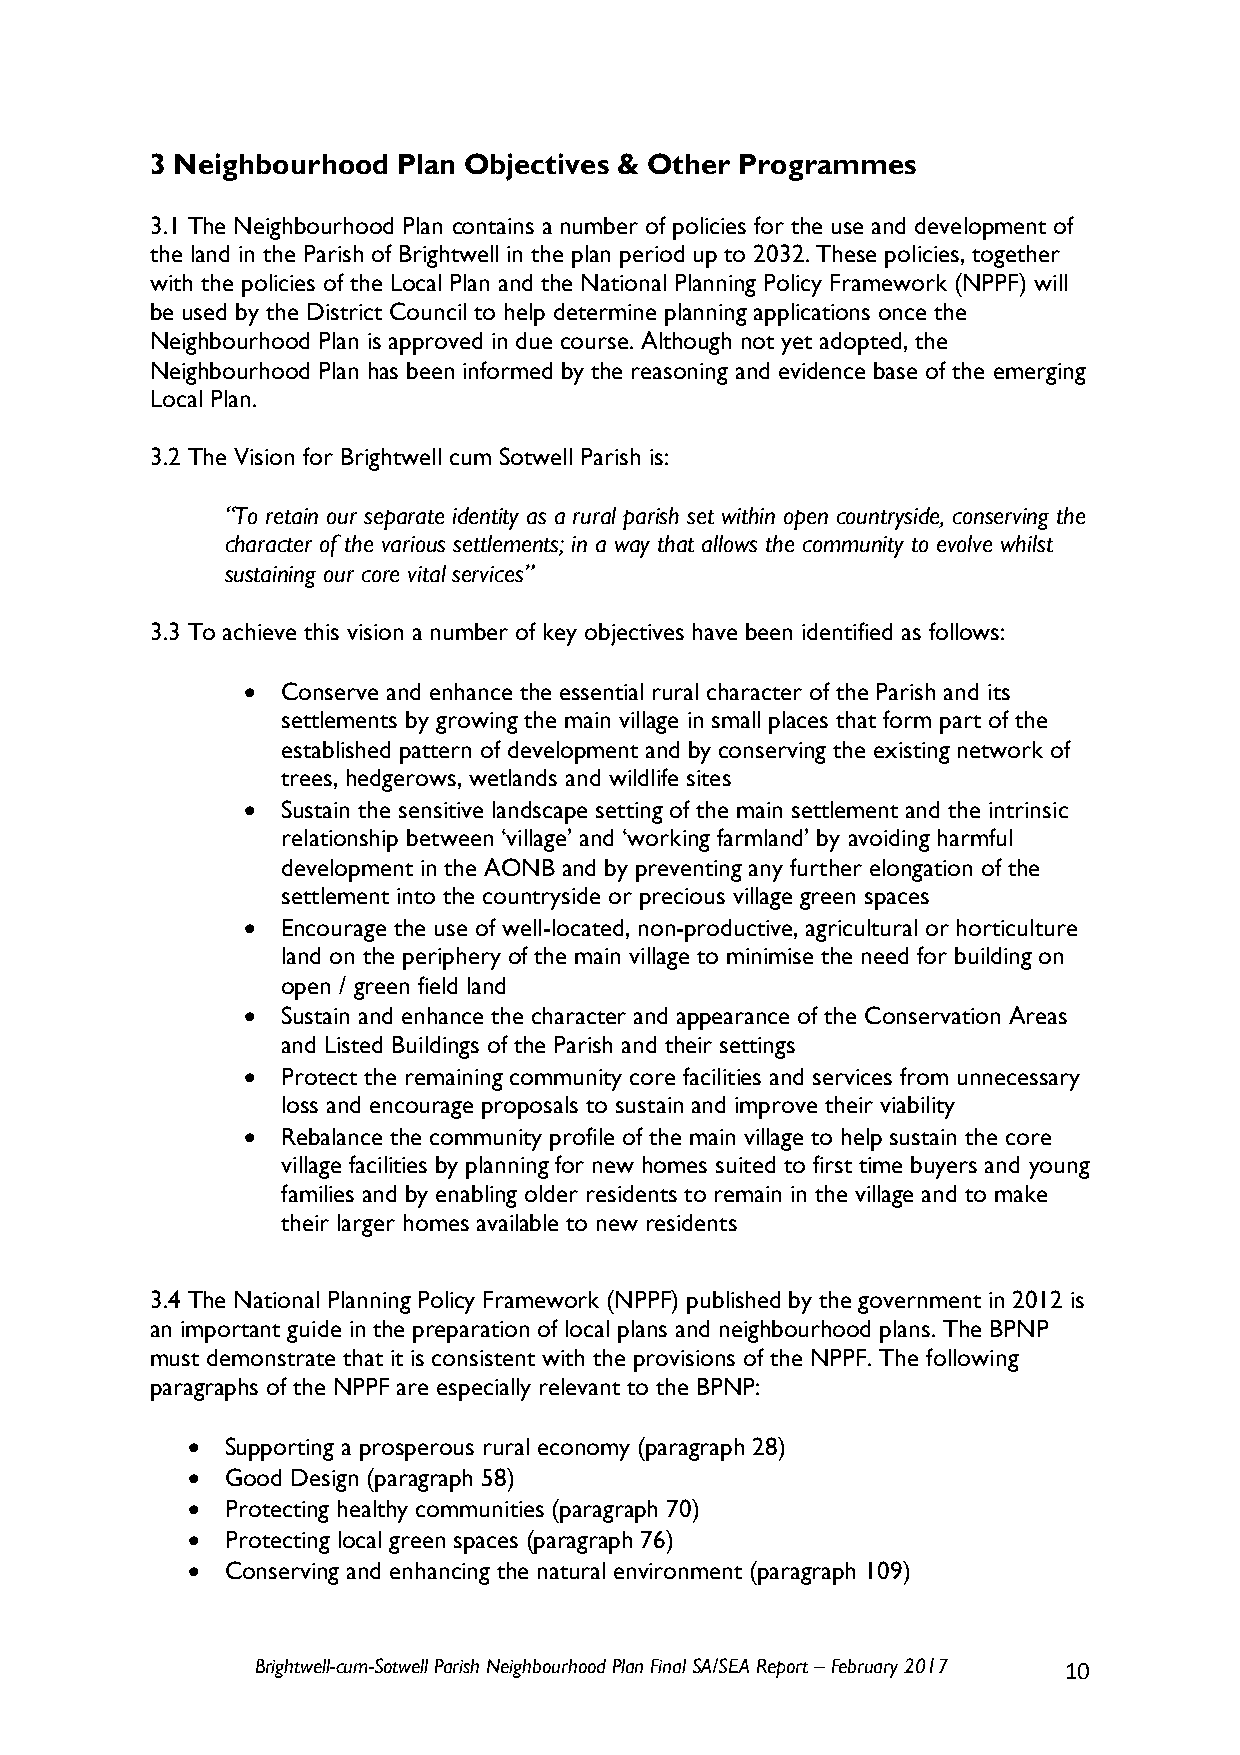
3 Neighbourhood Plan Objectives & Other Programmes
 3.1 The Neighbourhood Plan contains a number of policies for the use and development of
 the land in the Parish of Brightwell in the plan period up to 2032. These policies, together
 with the policies of the Local Plan and the National Planning Policy Framework (NPPF) will
 be used by the District Council to help determine planning applications once the
 Neighbourhood Plan is approved in due course. Although not yet adopted, the
 Neighbourhood Plan has been informed by the reasoning and evidence base of the emerging
 Local Plan.
 3.2 The Vision for Brightwell cum Sotwell Parish is:
 “To retain our separate identity as a rural parish set within open countryside, conserving the
 character of the various settlements; in a way that allows the community to evolve whilst
 sustaining our core vital services”
 3.3 To achieve this vision a number of key objectives have been identified as follows:
   Conserve and enhance the essential rural character of the Parish and its
 settlements by growing the main village in small places that form part of the
 established pattern of development and by conserving the existing network of
 trees, hedgerows, wetlands and wildlife sites
   Sustain the sensitive landscape setting of the main settlement and the intrinsic
 relationship between ‘village’ and ‘working farmland’ by avoiding harmful
 development in the AONB and by preventing any further elongation of the
 settlement into the countryside or precious village green spaces
   Encourage the use of well-located, non-productive, agricultural or horticulture
 land on the periphery of the main village to minimise the need for building on
 open / green field land
   Sustain and enhance the character and appearance of the Conservation Areas
 and Listed Buildings of the Parish and their settings
   Protect the remaining community core facilities and services from unnecessary
 loss and encourage proposals to sustain and improve their viability
   Rebalance the community profile of the main village to help sustain the core
 village facilities by planning for new homes suited to first time buyers and young
 families and by enabling older residents to remain in the village and to make
 their larger homes available to new residents
 3.4 The National Planning Policy Framework (NPPF) published by the government in 2012 is
 an important guide in the preparation of local plans and neighbourhood plans. The BPNP
 must demonstrate that it is consistent with the provisions of the NPPF. The following
 paragraphs of the NPPF are especially relevant to the BPNP:
   Supporting a prosperous rural economy (paragraph 28)
   Good Design (paragraph 58)
   Protecting healthy communities (paragraph 70)
   Protecting local green spaces (paragraph 76)
   Conserving and enhancing the natural environment (paragraph 109)
 Brightwell-cum-Sotwell Parish Neighbourhood Plan Final SA/SEA Report – February 2017 10